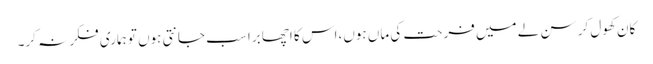
کان کھول کر سن لے میں فرحت کی ماں ہوں،اس کا اچھا برا سب جانتی ہوں تو ہماری فکر نہ کر۔